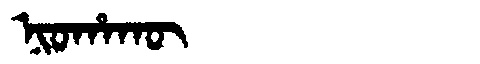
Manchu: ᠨᡳᠣᡥᠠᡴᡡ
Romanization: NIOHAKŪ